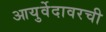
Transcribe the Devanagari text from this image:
आयुर्वेदावरची